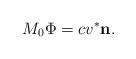
LaTeX: \begin{align*}M_0\Phi=cv^*\mathbf n.\end{align*}